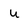
Character: u